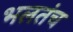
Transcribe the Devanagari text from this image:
भलतंच